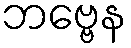
ဘဗ္ဗေန